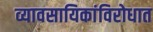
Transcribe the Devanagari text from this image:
व्यावसायिकांविरोधात